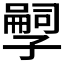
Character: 𫲱